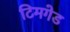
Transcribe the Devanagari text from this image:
टिमगेड